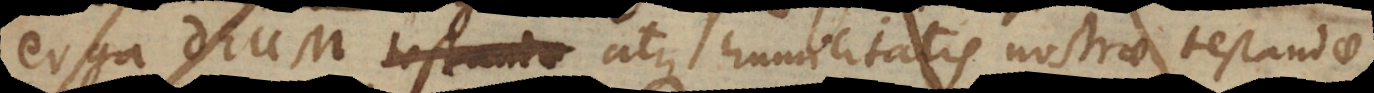
erga Deum testandae atque humilitatis nostrae testandae